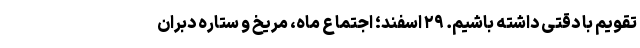
تقویم با دقتی داشته باشیم. ۲۹ اسفند؛ اجتماع ماه، مریخ و ستاره دبران